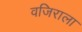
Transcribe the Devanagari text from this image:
वजिराला